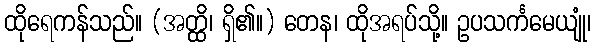
ထိုရေကန်သည်။ (အတ္ထိ၊ ရှိ၏။) တေန၊ ထိုအရပ်သို့။ ဥပသင်္ကမေယျုံ၊